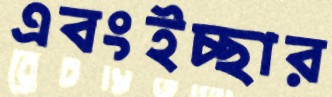
এবংইচ্ছার